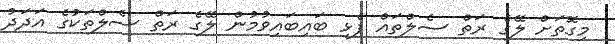
މިގޮތަށް ލޭގެ ރަތް ސެލްތައް ފެޅި ބައިބައިވުމުން ލޭގެ ރަތް ސެލްތަކުގެ އަދަދު